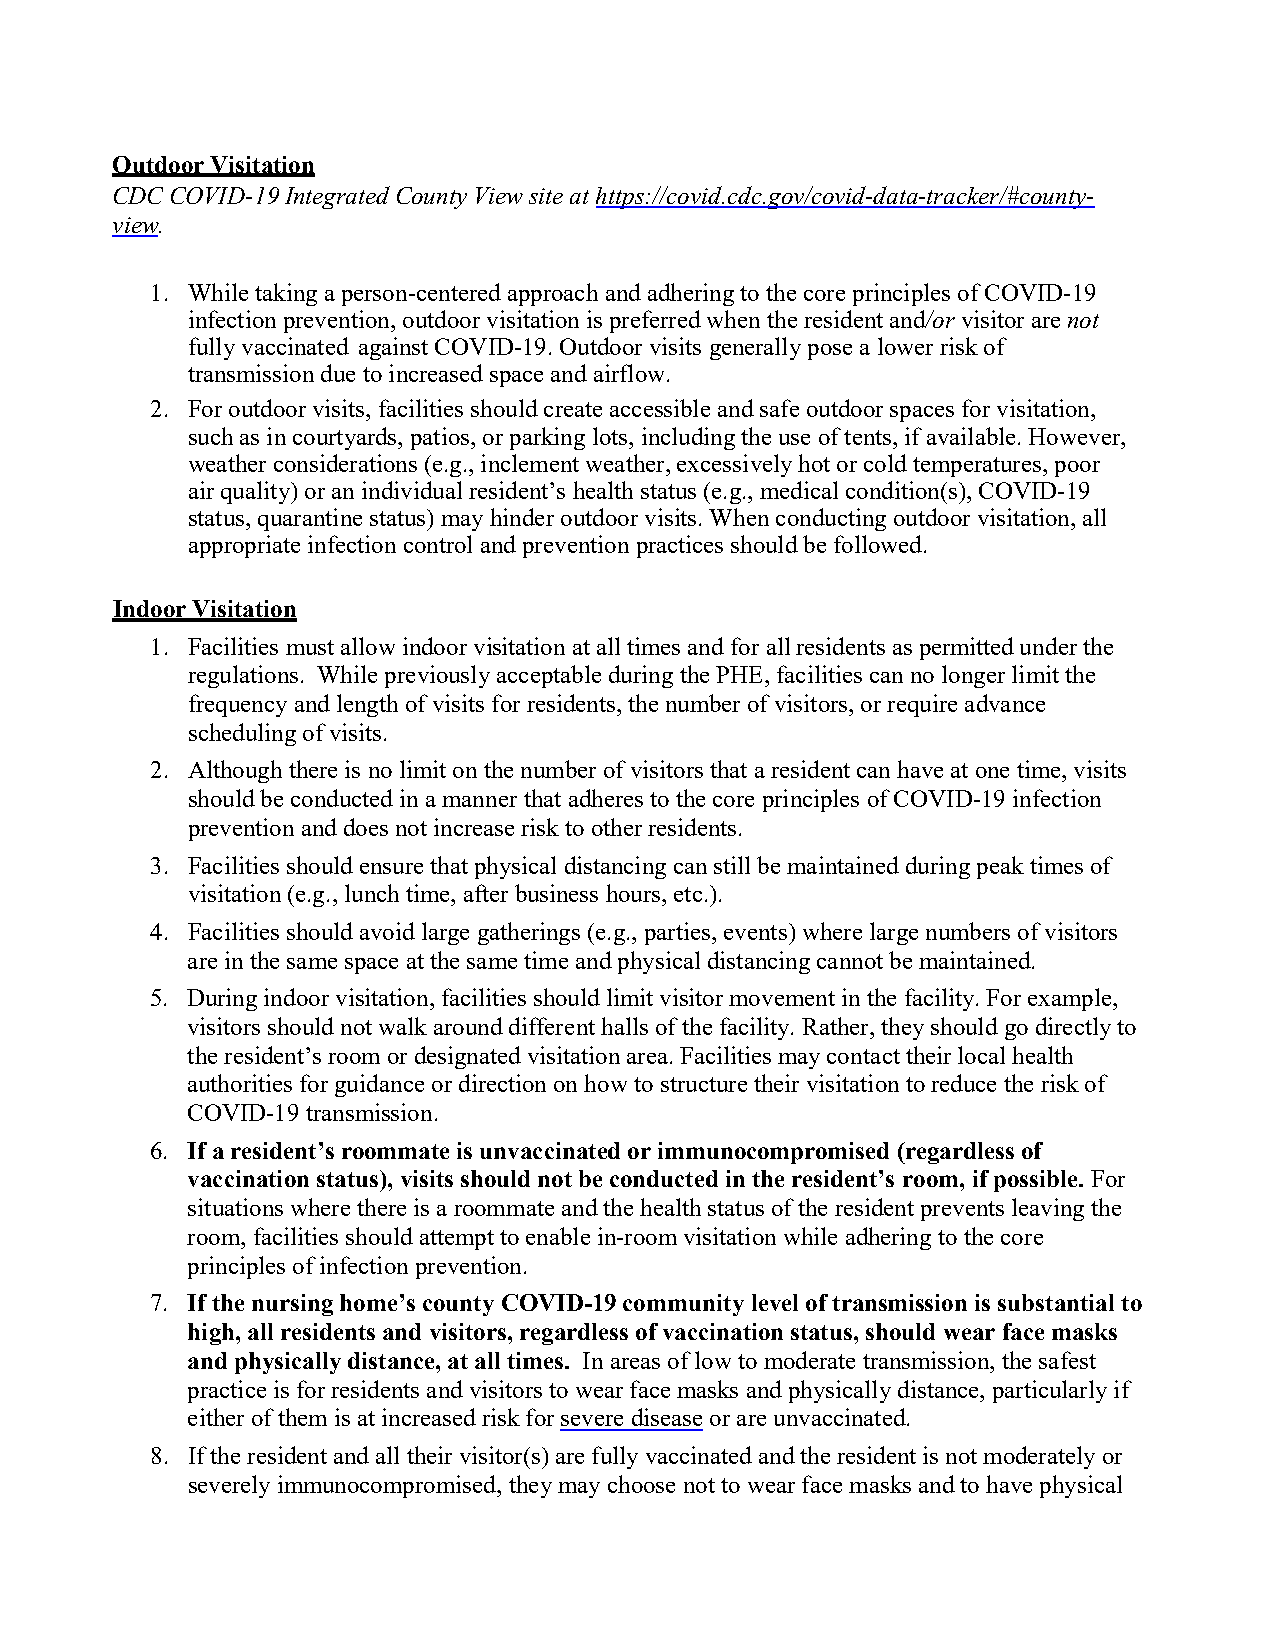
Outdoor Visitation
 CDC COVID-19 Integrated County View site at https://covid.cdc.gov/covid-data-tracker/#county-
 view.
 1. While taking a person-centered approach and adhering to the core principles of COVID-19
 infection prevention, outdoor visitation is preferred when the resident and/or visitor are not
 fully vaccinated against COVID-19. Outdoor visits generally pose a lower risk of
 transmission due to increased space and airflow.
 2. For outdoor visits, facilities should create accessible and safe outdoor spaces for visitation,
 such as in courtyards, patios, or parking lots, including the use of tents, if available. However,
 weather considerations (e.g., inclement weather, excessively hot or cold temperatures, poor
 air quality) or an individual resident’s health status (e.g., medical condition(s), COVID-19
 status, quarantine status) may hinder outdoor visits. When conducting outdoor visitation, all
 appropriate infection control and prevention practices should be followed.
 Indoor Visitation
 1. Facilities must allow indoor visitation at all times and for all residents as permitted under the
 regulations. While previously acceptable during the PHE, facilities can no longer limit the
 frequency and length of visits for residents, the number of visitors, or require advance
 scheduling of visits.
 2. Although there is no limit on the number of visitors that a resident can have at one time, visits
 should be conducted in a manner that adheres to the core principles of COVID-19 infection
 prevention and does not increase risk to other residents.
 3. Facilities should ensure that physical distancing can still be maintained during peak times of
 visitation (e.g., lunch time, after business hours, etc.).
 4. Facilities should avoid large gatherings (e.g., parties, events) where large numbers of visitors
 are in the same space at the same time and physical distancing cannot be maintained.
 5. During indoor visitation, facilities should limit visitor movement in the facility. For example,
 visitors should not walk around different halls of the facility. Rather, they should go directly to
 the resident’s room or designated visitation area. Facilities may contact their local health
 authorities for guidance or direction on how to structure their visitation to reduce the risk of
 COVID-19 transmission.
 6. If a resident’s roommate is unvaccinated or immunocompromised (regardless of
 vaccination status), visits should not be conducted in the resident’s room, if possible. For
 situations where there is a roommate and the health status of the resident prevents leaving the
 room, facilities should attempt to enable in-room visitation while adhering to the core
 principles of infection prevention.
 7. If the nursing home’s county COVID-19 community level of transmission is substantial to
 high, all residents and visitors, regardless of vaccination status, should wear face masks
 and physically distance, at all times. In areas of low to moderate transmission, the safest
 practice is for residents and visitors to wear face masks and physically distance, particularly if
 either of them is at increased risk for severe disease or are unvaccinated.
 8. If the resident and all their visitor(s) are fully vaccinated and the resident is not moderately or
 severely immunocompromised, they may choose not to wear face masks and to have physical